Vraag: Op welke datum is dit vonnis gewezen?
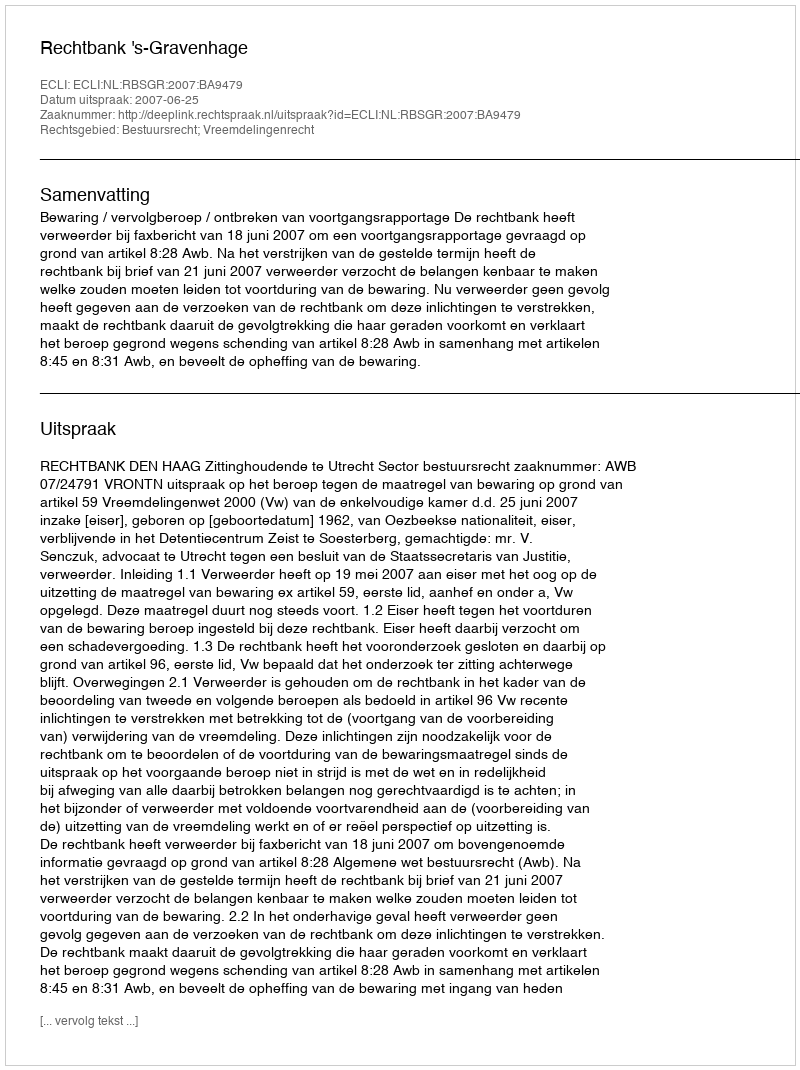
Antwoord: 2007-06-25